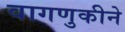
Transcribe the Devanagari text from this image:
वागणुकीने